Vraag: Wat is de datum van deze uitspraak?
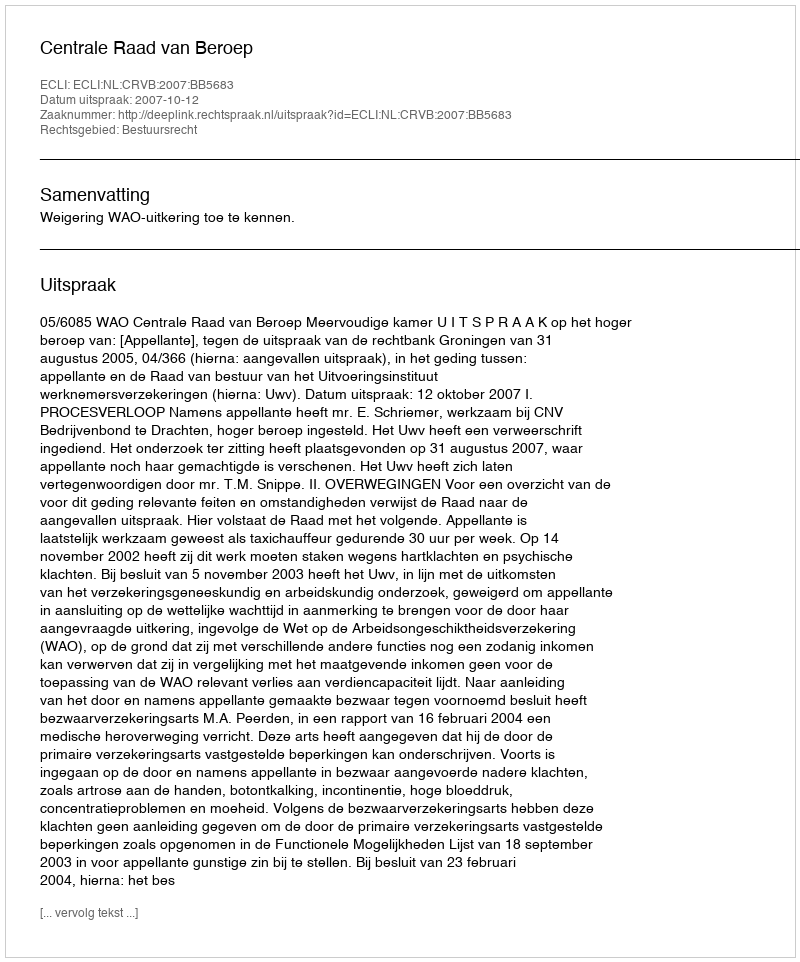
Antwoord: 2007-10-12